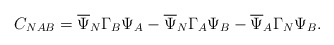
\begin{align*}C_{NAB}= \overline{\Psi}_N\Gamma_B\Psi_{A}-\overline{\Psi}_N\Gamma_A\Psi_{B}-\overline{\Psi}_A\Gamma_N\Psi_{B}.\end{align*}